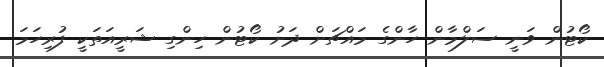
ކޯޓުން ވަނީ ސަލްމާން ހާންގެ މައްޗަށް ދަށު ކޯޓުން ހިންގި ޝަރީއަތަކީ ފުރިހަމަ